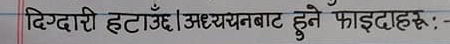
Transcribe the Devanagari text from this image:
दिक्दारी हटाऊँ। अध्ययनबाट हुने फाइदाहरु:-